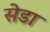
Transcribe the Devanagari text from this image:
सेडा